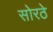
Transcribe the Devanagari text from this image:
सोरठे